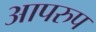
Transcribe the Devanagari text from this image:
आपरुप